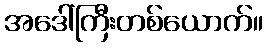
အဒေါ်ကြီးတစ်ယောက်။